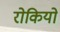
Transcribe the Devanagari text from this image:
रोकियो